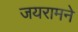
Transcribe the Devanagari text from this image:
जयरामने